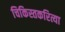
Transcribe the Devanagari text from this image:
चिकिस्तकरित्या